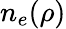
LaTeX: n_{e}(\rho)